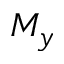
M _ { y }